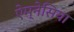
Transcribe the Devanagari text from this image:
ऐम्नेसिया